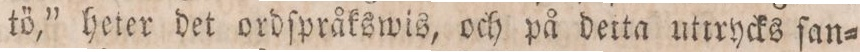
tö,” heter det ordſpråkswis, och på detta uttrycks ſan-